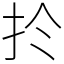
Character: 扵